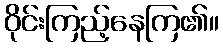
ဝိုင်းကြည့်နေကြ၏။